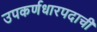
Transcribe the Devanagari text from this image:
उपकर्णधारपदाची